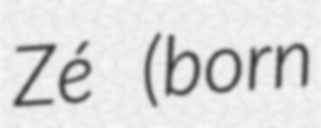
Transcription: Zé (born